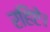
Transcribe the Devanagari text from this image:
रहिऐ।